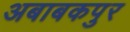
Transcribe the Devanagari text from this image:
अबाबकपुर